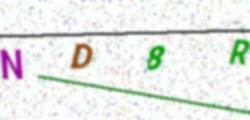
Text: ND8R